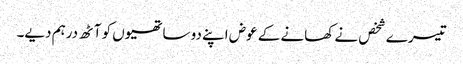
تیسرے شخص نے کھانے کے عوض اپنے دو ساتھیوں کو آٹھ درہم دیے۔